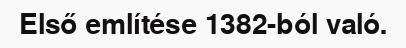
Első említése 1382-ból való.